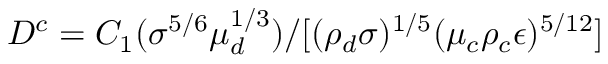
D ^ { c } = C _ { 1 } ( \sigma ^ { 5 / 6 } \mu _ { d } ^ { 1 / 3 } ) / [ ( \rho _ { d } \sigma ) ^ { 1 / 5 } ( \mu _ { c } \rho _ { c } \epsilon ) ^ { 5 / 1 2 } ]